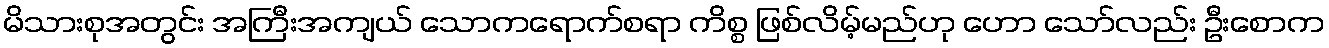
မိသားစုအတွင်း အကြီးအကျယ် သောကရောက်စရာ ကိစ္စ ဖြစ်လိမ့်မည်ဟု ဟော သော်လည်း ဦးစောက